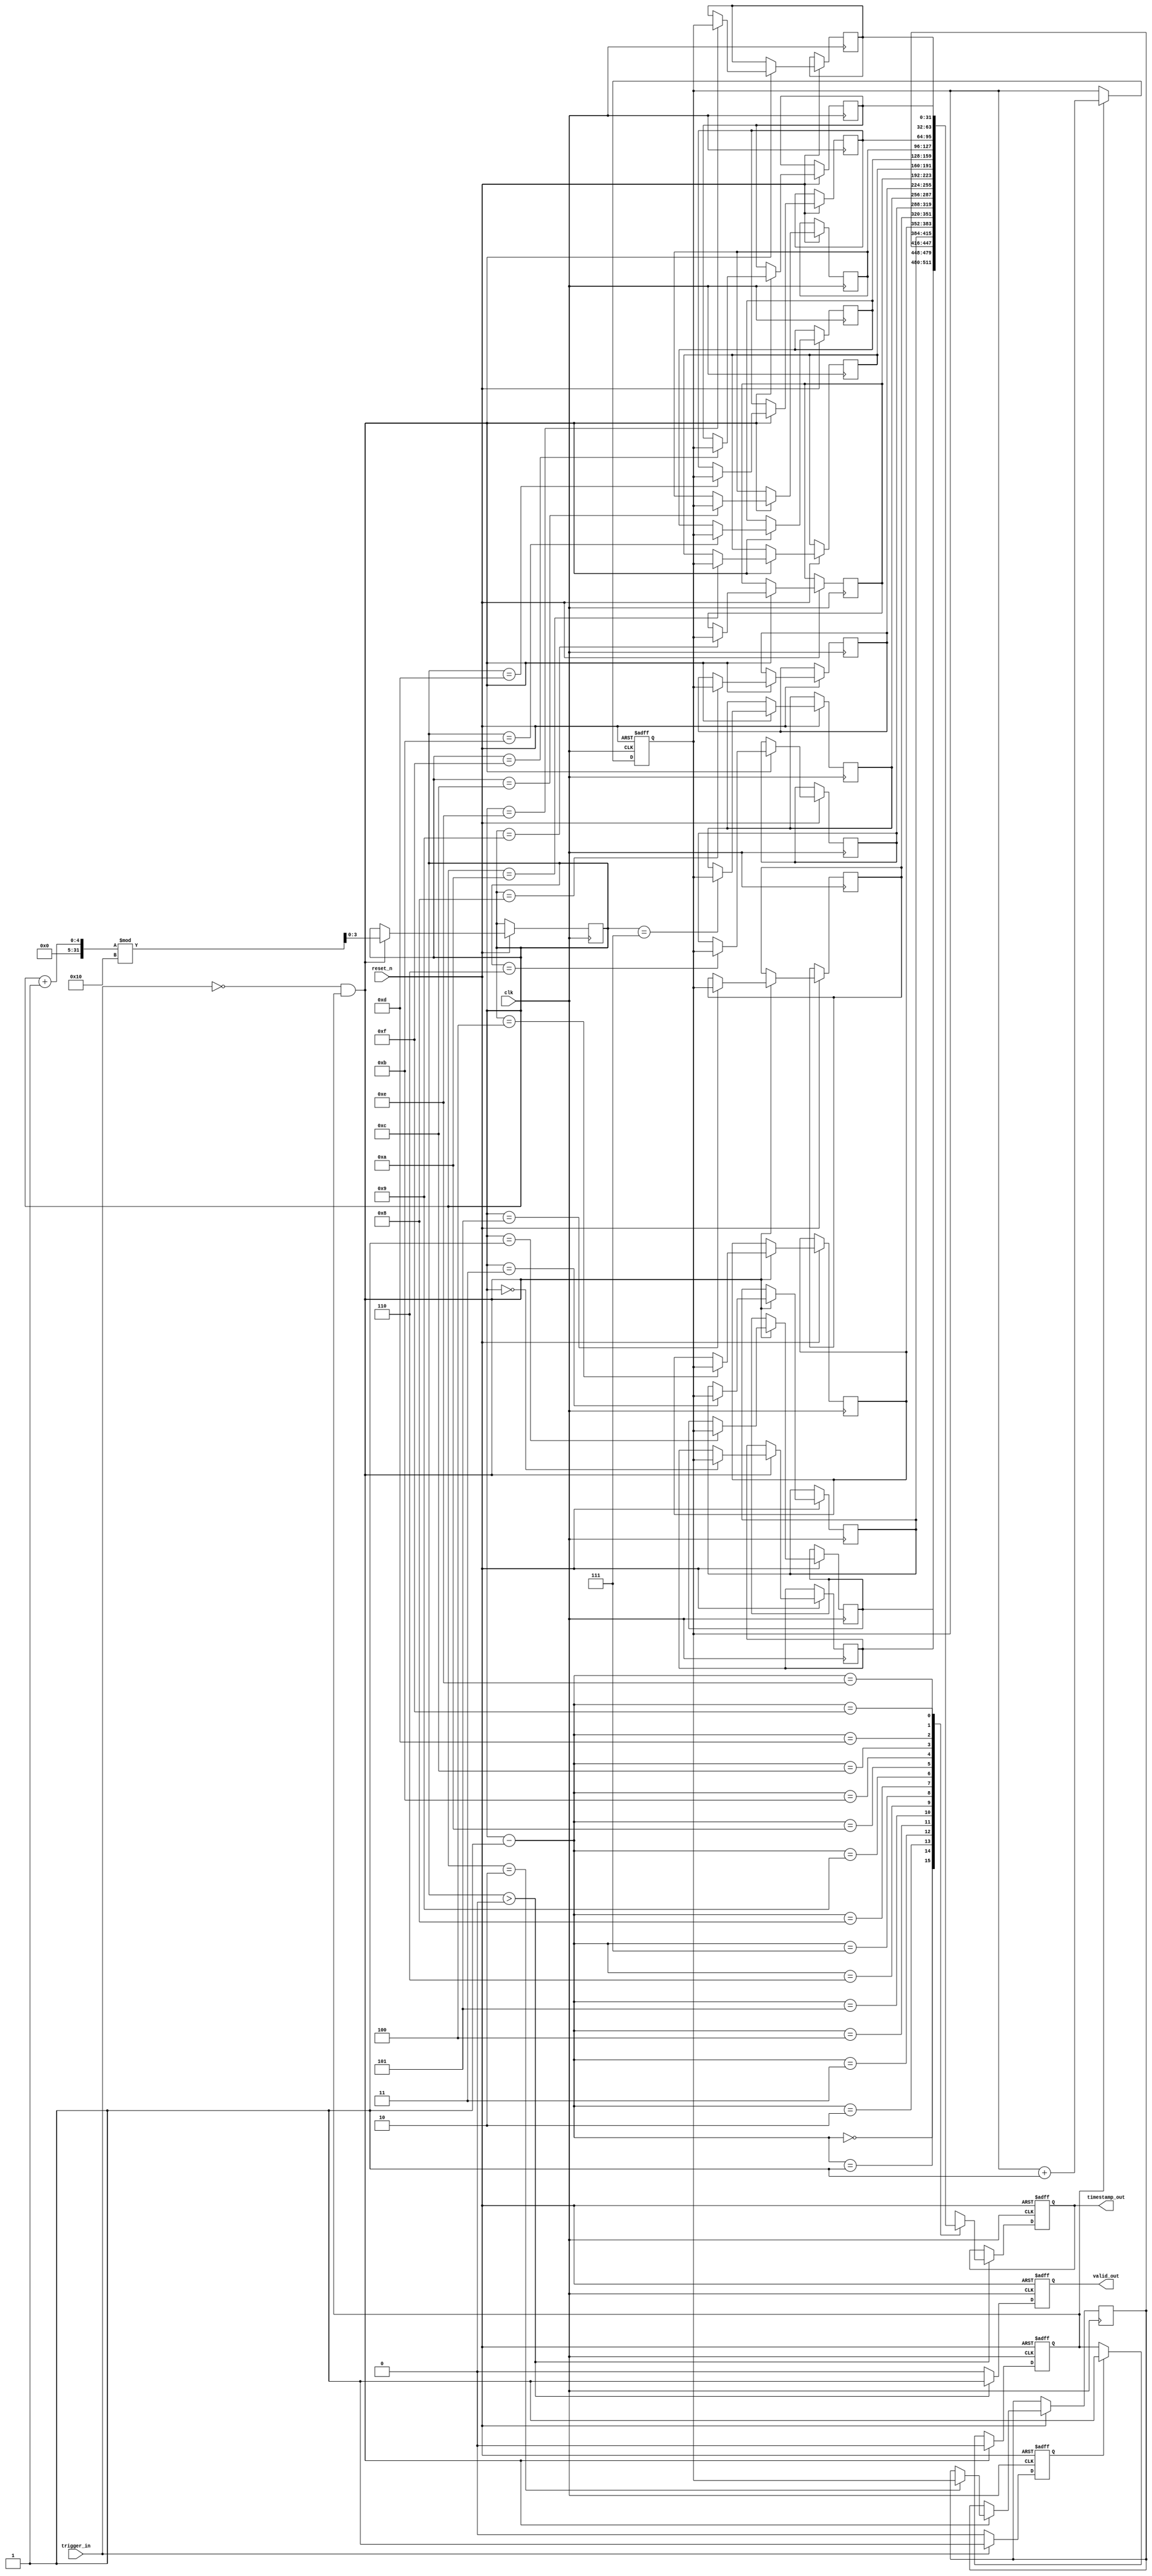
module multi_domain_tdc #(
    parameter DATA_WIDTH = 32,
    parameter MEM_DEPTH = 16,
    parameter CLK_FREQ = 100_000_000 // Example clock frequency
)(
    input wire clk,                  // Main clock
    input wire reset_n,              // Asynchronous reset (active low)
    input wire trigger_in,           // Trigger input signal
    output reg [DATA_WIDTH-1:0] timestamp_out, // Output timestamp
    output reg valid_out             // Valid signal for output
);

// Memory to store timestamps
reg [DATA_WIDTH-1:0] memory [0:MEM_DEPTH-1];
reg [$clog2(MEM_DEPTH)-1:0] write_ptr; // Write pointer for memory
reg [DATA_WIDTH-1:0] counter;           // Time counter
reg edge_detected;                      // Edge detection flag
reg measuring;                          // State of measurement

// Edge Detection Logic
always @(posedge clk or negedge reset_n) begin
    if (!reset_n) begin
        edge_detected <= 0;
    end else begin
        if (trigger_in) begin
            edge_detected <= 1; // Capture edge
        end else begin
            edge_detected <= 0;
        end
    end
end

// Time Counter Logic
always @(posedge clk or negedge reset_n) begin
    if (!reset_n) begin
        counter <= 0;
        measuring <= 0;
    end else begin
        if (edge_detected) begin
            measuring <= 1; // Start measuring
        end
        
        if (measuring) begin
            counter <= counter + 1; // Increment time counter
        end

        if (!trigger_in && measuring) begin
            memory[write_ptr] <= counter; // Store timestamp
            write_ptr <= (write_ptr + 1) % MEM_DEPTH; // Circular buffer
            measuring <= 0; // Stop measuring
        end
    end
end

// Output Logic
always @(posedge clk or negedge reset_n) begin
    if (!reset_n) begin
        timestamp_out <= 0;
        valid_out <= 0;
    end else begin
        if (write_ptr > 0) begin
            timestamp_out <= memory[write_ptr - 1]; // Read last stored timestamp
            valid_out <= 1; // Indicate valid data
        end else begin
            valid_out <= 0; // No valid data
        end
    end
end

endmodule